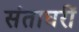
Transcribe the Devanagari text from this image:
संताघरीं